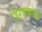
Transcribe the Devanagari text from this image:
झिड़कता